Annual report on the health of the army in India
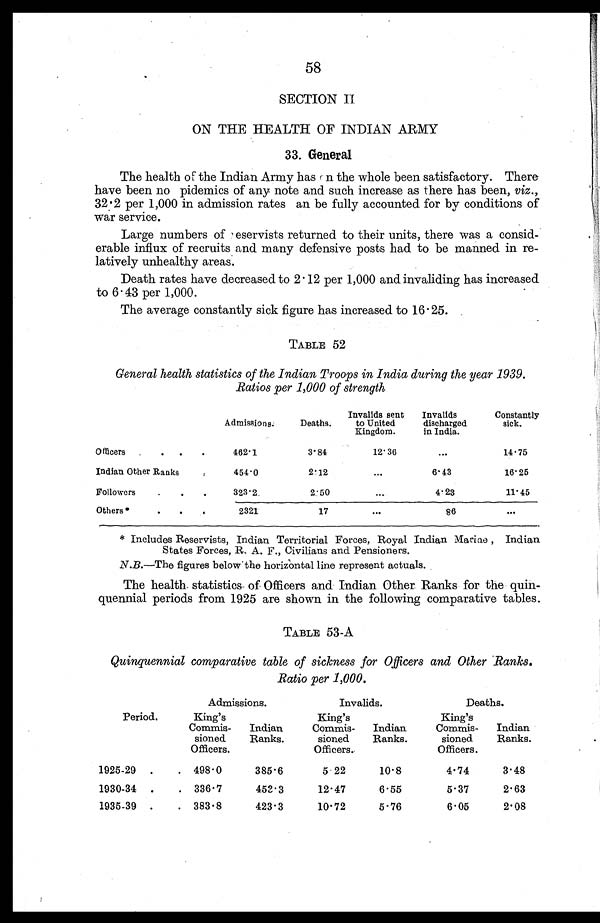
58
SECTION II
ON THE HEALTH OF INDIAN ARMY
33. General
The health of the Indian Army has n the whole been satisfactory. There
have been no pidemics of any note and such increase as there has been, viz .,
32.2 per 1,000 in admission rates an be fully accounted for by conditions of
war service.
Large numbers of eservists returned to their units, there was a consid
erable influx of recruits and many defensive posts had to be manned in re-
latively unhealthy areas.
Death rates have decreased to 2.12 per 1,000 and invaliding has increased
to 6.43 per 1,000.
The average constantly sick figure has increased to 16.25.
TABLE 52
General health statistics of the Indian Troops in India during the year 1939.
Ratios per 1,000 of strength
Admissions.
Deaths.
Invalids sent
to United
Kingdom.
Invalids
discharged
in India.
Constantly
sick.
Officers . . .
.
462.1
3.84
12. 36
...
14. 75
Indian Other Ranks
.
454.0
2.12
...
6.43
16.25
Followers
.
.
.
323.2
2.50
...
4.23
11.45
Others‫٭‬
.
.
.
2321
17
. . .
86
. . .
* Includes Reservists, Indian Territorial Forces, Royal Indian Marine, Indian
States Forces, R, A. F., Civilians and Pensioners.
N.B.—The figures below the horizontal line represent actuals.
The health statistics of Officers and Indian. Other Ranks for the quin-
quennial periods from 1925 are shown in the following comparative tables.
TABLE 53-A
Quinquennial comparative table of sickness for Officers and Other Ranks.
Ratio per 1,000.
Period.
Admissions.
Invalids.
Deaths.
King's
Commis-
sioned
Officers.
Indian
Ranks.
King's
Commis-
sioned
Officers.
Indian
Ranks.
King's
Commis-
sioned
Officers.
Indian
Ranks.
1925-29 .
. 498.0
385.6
5.22
10.8
4.74
3.48
1930-34 .
. 336.7
453.3
12.47
6.55
5.37
2.63
1935-39 .
. 383.8
423.3
10.72
5.76
6.05
2.08